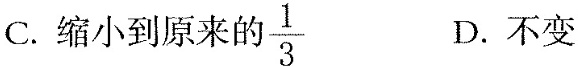
C.缩小到原来的$$\frac{1}{3}$$ D.不变